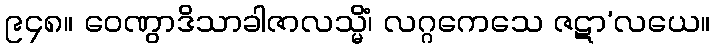
၉၄၈။ ဝေဏွာဒိသာခါဇာလသ္မိံ၊ လဂ္ဂကေသေ ဇဋာ’လယေ။